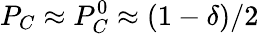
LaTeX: P_{C}\approx P_{C}^{0}\approx(1-\delta)/2